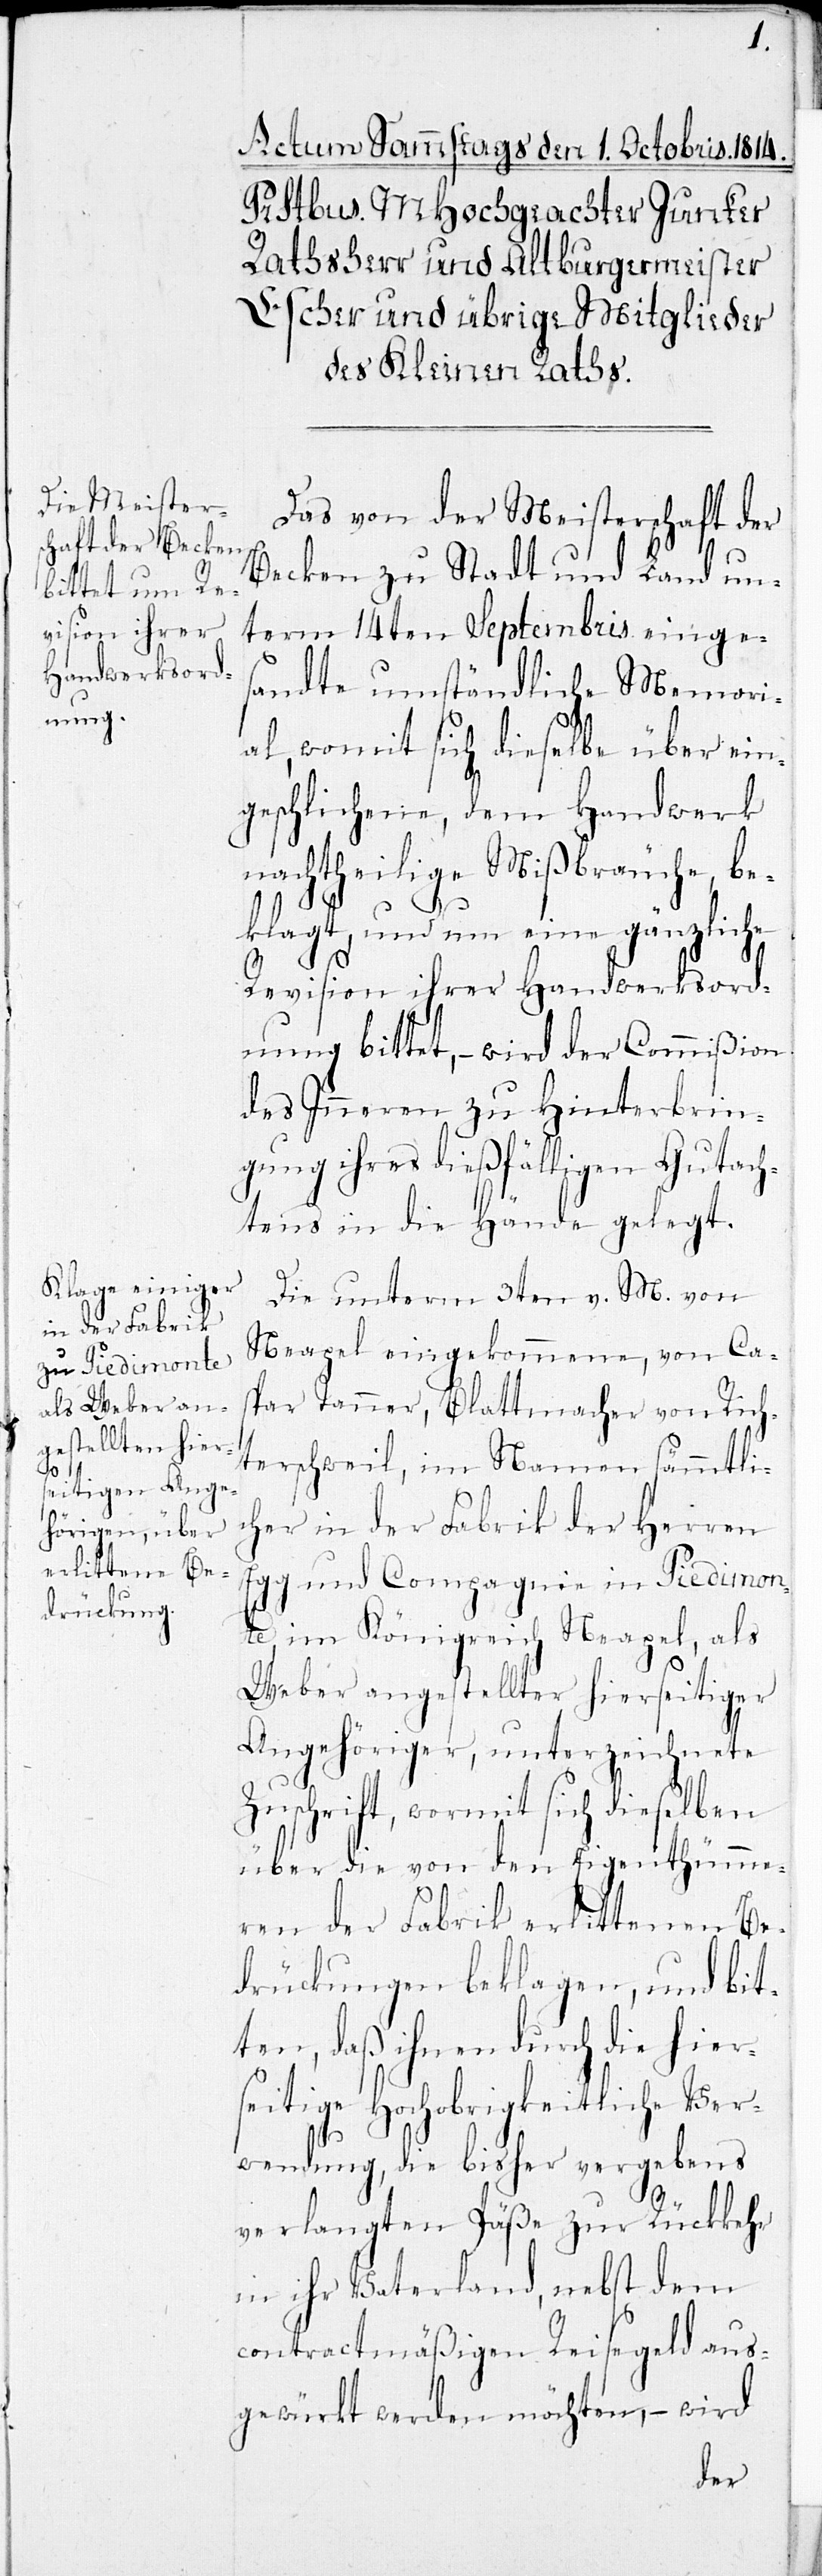
Das von der Meisterschaft der
Becken zu Stadt und Land un¬
term 14ten Septembris einges¬
andte umständliche Memori¬
al, womit sich dieselbe über ein¬
geschlichene, dem Handwerk
nachtheilige Mißbräuche, be¬
klagt, und um eine gänzliche
Revision ihrer Handwerksord¬
nung bittet, – wird der Commißion
des Inneren zu Hinterbrin¬
gung ihres dießfälligen Gutach¬
tens in die Hände gelegt.
Die unterm 3ten v. M. von
Neapel eingekommene, von Cas¬
par Tanner, Blattmacher, von Rich¬
terschweil, im Namen sämmtli¬
cher in der Fabrik der Herren
Egg und Compagnie in Piedimon¬
te im Königreiche Neapel, als
Weber angestellter hierseitiger
Angehöriger, unterzeichnete
Zuschrift, wormit sich dieselben
über die von den Eigenthüme¬
ren der Fabrik erlittenen Be¬
drückungen beklagen, und bit¬
ten, daß ihnen durch die hier¬
seitige Hochobrigkeitliche Ver¬
wendung, die bisher vergebens
verlangten Päße zur Rückkehr
in ihr Vaterland, nebst dem
contractmäßigen Reisegeld aus¬
gewürkt werden möchten, – wird